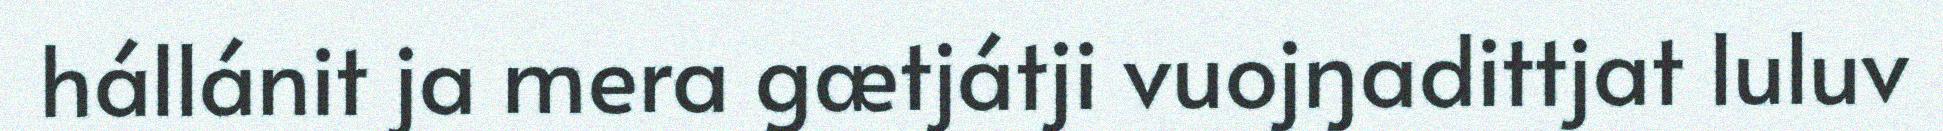
hállánit ja mera gætjátji vuojŋadittjat luluv